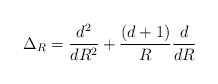
\begin{align*}\Delta _R = \frac{d^2}{dR^2} + \frac{(d+1)}{R} \frac{d}{dR}\end{align*}